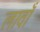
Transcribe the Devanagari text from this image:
लावाँ